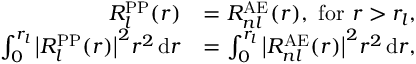
{ \begin{array} { r l } { R _ { l } ^ { \mathrm { P P } } ( r ) } & { = R _ { n l } ^ { \mathrm { A E } } ( r ) , { \mathrm { ~ f o r ~ } } r > r _ { l } , } \\ { \int _ { 0 } ^ { r _ { l } } { \big | } R _ { l } ^ { \mathrm { P P } } ( r ) { \big | } ^ { 2 } r ^ { 2 } \, \mathrm { d } r } & { = \int _ { 0 } ^ { r _ { l } } { \big | } R _ { n l } ^ { \mathrm { A E } } ( r ) { \big | } ^ { 2 } r ^ { 2 } \, \mathrm { d } r , } \end{array} }